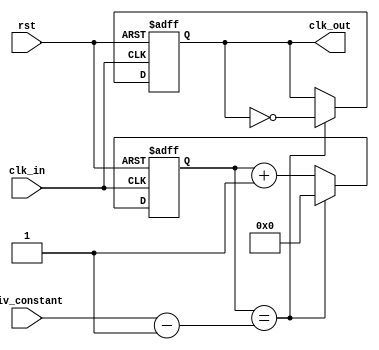
////////////// Modulo clock_divider

//Este modulo se basa en el siguiente ejemplo: 
//https://reference.digilentinc.com/learn/programmable-logic/tutorials/counter-and-clock-divider/start

/*
Modulo de ejemplo para generar un reloj lento (clk_out) a partir de un reloj mas rapido (clk_in).
La idea es generar una senal (clk_out) que invierte su valor cada cierto numero de 
pulsos de clk_in (especificados en el parametro CONSTANT del modulo).
Como resultado, clk_out se mantendra en alto durante CONSTANT pulsos de clk_in, y luego se mantendra
en bajo durante otros CONSTANT pulsos de clk_in. El periodo de clk_out sera entonces 2*CONSTANT ciclos
de clk_in. 
La frecuencia en Hz. de clk_out sera [(frecuencia de clk_in)/(2*CONSTANT)] .
*/

// Notar el uso de parametros en la definicion del modulo. Los parametros permiten setear ciertas propiedades
// del modulo al momento de instanciarlos desde el archivo padre.
// El valor asignado durante la declaracion corresponde al valor por defecto. Si al instanciar el modulo no
// se indica el parametro, este toma el valor por defecto. De otra forma tomara el valor indicado cuando
// se instancie.
// Buscar el uso de parameter y localparam para Verilog-2001.

// Para un reloj de entrada de 100MHz, el parametro por defecto generara un reloj de salida de 1MHz.
module clock_divider 
(   input clk_in,
    input rst,
    input [31:0] div_constant,
    output reg clk_out
    );
    
   
   // Este reg debe ser de tamano suficiente para poder contar hasta el numero especificado
   // en div_constant. Puede ser de 16, 32, 64, o cualquier numero de bits, de acuerdo a los valores
   // que se espera pueda tener div_constant.
   reg [31:0] count;
    
  //Este bloque procedural solo incrementa un contador por cada pulso del reloj de entrada.
  // La cuenta llega hasta CONSTANT-1, y luego se reinicia.
  // Notar tambien que se usa una senal de reset, que permite setear el contador a un valor conocido
  // en cualquier momento. La logica que gatilla el reset puede ser un simple boton o alguna condicion
  // preprogramada. Siempre que se describa logica secuencial deberia incluirse por defecto una logica de reset.
   always @ (posedge(clk_in) or posedge(rst))
   begin
       if (rst == 1'b1)
           count <= 32'd0;
       else if (count == (div_constant - 32'd1))
           count <= 32'd0;
       else
           count <= count + 32'b1;
   end

// Este bloque procedural utiliza el valor de count para decidir cuando invertir el valor del 
// reloj de salida.
   
   always @ (posedge(clk_in) or posedge(rst))
   begin
       if (rst == 1'b1)
           clk_out <= 1'b0;
       else if (count == (div_constant - 32'd1))  //cuando el contador haya alcanzado el valor de referencia
           clk_out <= ~clk_out;                     // se invierte su valor. Notar que esto ocurre solo durante un 
       else                                         // ciclo del reloj de entrada, y este valor se mantiene constante 
           clk_out <= clk_out;                      // hasta que el contador nuevamente llegue a CONSTANT.
   end 
    
endmodule